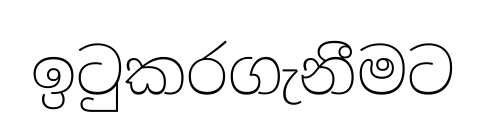
ඉටුකරගැනීමට